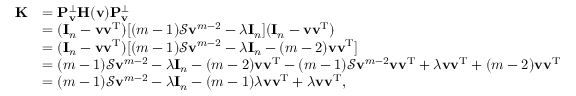
\begin{array} { r l } { \mathbf { K } } & { = \mathbf P _ { \mathbf v } ^ { \bot } \mathbf H ( \mathbf v ) \mathbf P _ { \mathbf v } ^ { \bot } } \\ & { = ( \mathbf I _ { n } - \mathbf v \mathbf v ^ { \mathrm T } ) [ ( m - 1 ) \mathcal S \mathbf v ^ { m - 2 } - \lambda \mathbf I _ { n } ] ( \mathbf I _ { n } - \mathbf v \mathbf v ^ { \mathrm T } ) } \\ & { = ( \mathbf I _ { n } - \mathbf v \mathbf v ^ { \mathrm T } ) [ ( m - 1 ) \mathcal S \mathbf v ^ { m - 2 } - \lambda \mathbf I _ { n } - ( m - 2 ) \mathbf v \mathbf v ^ { \mathrm T } ] } \\ & { = ( m - 1 ) \mathcal S \mathbf v ^ { m - 2 } - \lambda \mathbf I _ { n } - ( m - 2 ) \mathbf v \mathbf v ^ { \mathrm T } - ( m - 1 ) \mathcal S \mathbf v ^ { m - 2 } \mathbf v \mathbf v ^ { \mathrm T } + \lambda \mathbf v \mathbf v ^ { \mathrm T } + ( m - 2 ) \mathbf v \mathbf v ^ { \mathrm T } } \\ & { = ( m - 1 ) \mathcal S \mathbf v ^ { m - 2 } - \lambda \mathbf I _ { n } - ( m - 1 ) \lambda \mathbf v \mathbf v ^ { \mathrm T } + \lambda \mathbf v \mathbf v ^ { \mathrm T } , } \end{array}